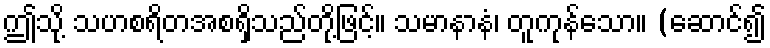
ဤသို့ သဟစရိတအစရှိသည်တို့ဖြင့်။ သမာနာနံ၊ တူကုန်သော။ (ဆောင်၍